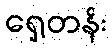
ရှေ့တန်း